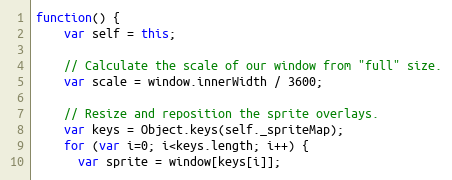
Language: JavaScript
function() {
    var self = this;

    // Calculate the scale of our window from "full" size.
    var scale = window.innerWidth / 3600;

    // Resize and reposition the sprite overlays.
    var keys = Object.keys(self._spriteMap);
    for (var i=0; i<keys.length; i++) {
      var sprite = window[keys[i]];